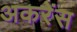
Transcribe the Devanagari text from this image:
अकरेंस